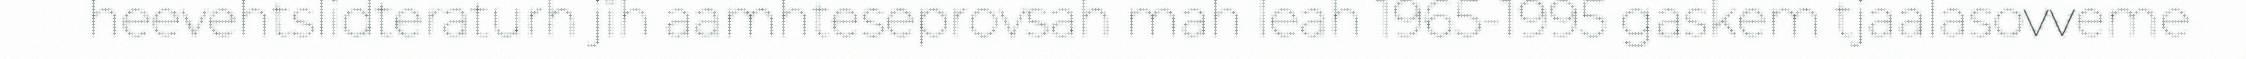
heevehtslidteraturh jïh aamhteseprovsah mah leah 1965-1995 gaskem tjaalasovveme